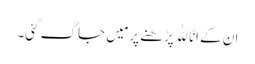
ان کے اِنَّا لِلّٰہِ پڑھنے پر مَیں جاگ گئی۔